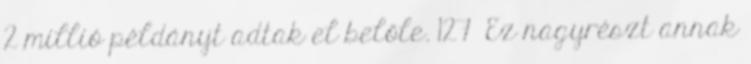
2 millió példányt adtak el belőle. 127 Ez nagyrészt annak